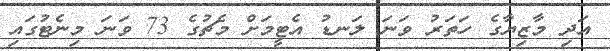
އަދި މާޒިޔާގެ ހަތަރު ވަނަ ލަނޑު އެޓީމަށް މެޗުގެ 73 ވަނަ މިނެޓުގައި